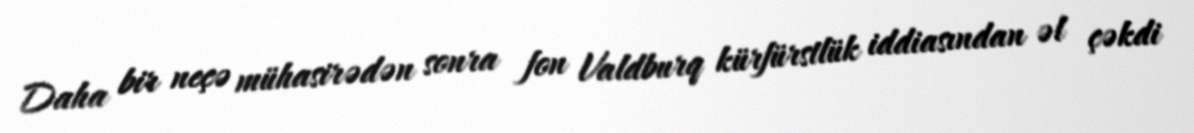
Daha bir neçə mühasirədən sonra fon Valdburq kürfürstlük iddiasından əl çəkdi